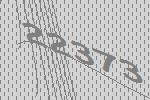
22373